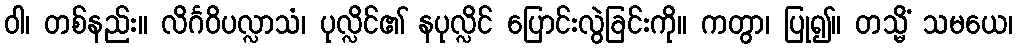
ဝါ၊ တစ်နည်း။ လိင်္ဂဝိပလ္လာသံ၊ ပုလ္လိင်၏ နပုလ္လိင် ပြောင်းလွဲခြင်းကို။ ကတွာ၊ ပြု၍။ တသ္မိံ သမယေ၊